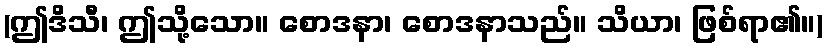
(ဤဒိသီ၊ ဤသို့သော။ စောဒနာ၊ စောဒနာသည်။ သိယာ၊ ဖြစ်ရာ၏။)